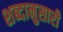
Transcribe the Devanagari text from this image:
शब्दानुसारी